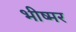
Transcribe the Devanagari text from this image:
भीष्मर